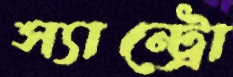
স্যান্ট্রো